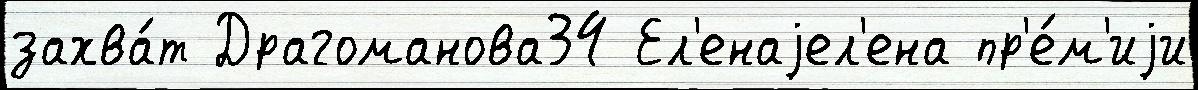
захва́т Драгоманова34 Ел'енаjел'ена пр'е́м'иjи